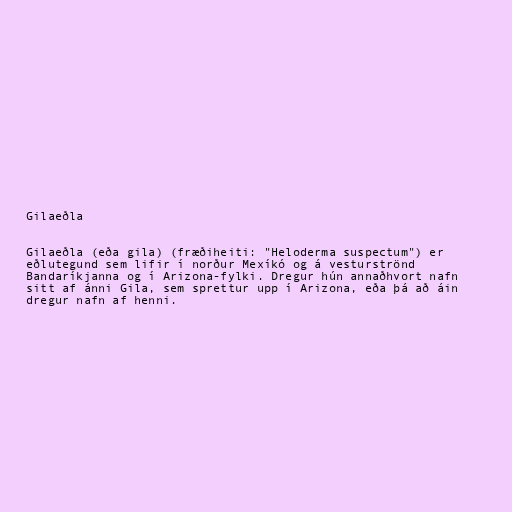
Gilaeðla

Gilaeðla (eða gila) (fræðiheiti: "Heloderma suspectum") er
eðlutegund sem lifir í norður Mexíkó og á vesturströnd
Bandaríkjanna og í Arizona-fylki. Dregur hún annaðhvort nafn
sitt af ánni Gila, sem sprettur upp í Arizona, eða þá að áin
dregur nafn af henni.